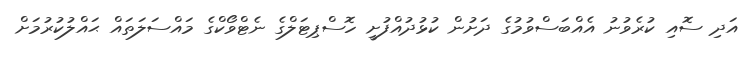
އަދި ސޮއި ކުރެވުނު އެއްބަސްވުމުގެ ދަށުން ކުޅުދުއްފުށީ ހޮސްޕިޓަލްގެ ނެޓްވޯކްގެ މައްސަލަތައް ޙައްލުކުރުމަށް